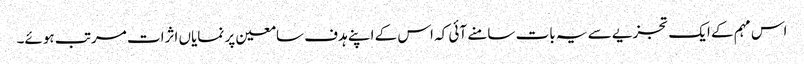
اس مہم کے ایک تجزیے سے یہ بات سامنے آئی کہ اس کے اپنے ہدف سامعین پر نمایاں اثرات مرتب ہوئے۔